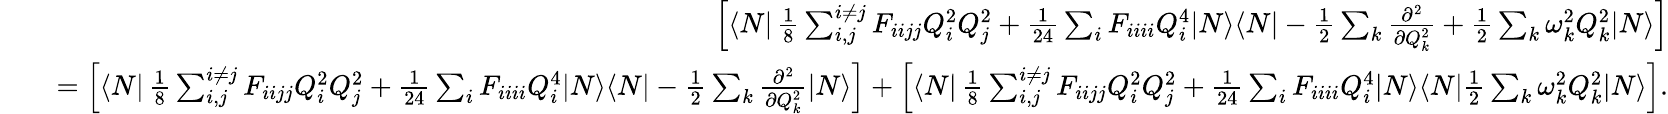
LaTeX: \begin{array}{rlr}&{}&{\left[\langle N|\, \frac{1}{8}\sum_{i,j}^{i\neq j}F_{iijj}Q_{i}^{2}Q_{j}^{2}+\frac{1}{24}\sum_{i}F_{iiii}Q_{i}^{4}|N\rangle\langle N|-\frac{1}{2}\sum_{k}\frac{\partial^{2}}{\partial Q_{k}^{2}}+\frac{1}{2}\sum_{k}\omega_{k}^{2}Q_{k}^{2}|N\rangle\right]}\\ &{}&{=\left[\langle N|\, \frac{1}{8}\sum_{i,j}^{i\neq j}F_{iijj}Q_{i}^{2}Q_{j}^{2}+\frac{1}{24}\sum_{i}F_{iiii}Q_{i}^{4}|N\rangle\langle N|-\frac{1}{2}\sum_{k}\frac{\partial^{2}}{\partial Q_{k}^{2}}|N\rangle\right]+\left[\langle N|\, \frac{1}{8}\sum_{i,j}^{i\neq j}F_{iijj}Q_{i}^{2}Q_{j}^{2}+\frac{1}{24}\sum_{i}F_{iiii}Q_{i}^{4}|N\rangle\langle N|\frac{1}{2}\sum_{k}\omega_{k}^{2}Q_{k}^{2}|N\rangle\right].}\end{array}